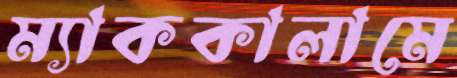
ম্যাককালামে